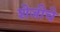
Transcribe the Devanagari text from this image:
शेजीचे